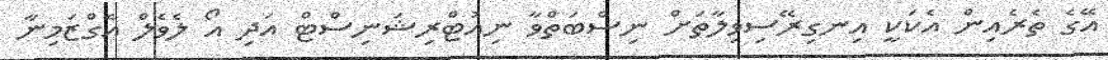
އޭގެ ތެރެއިން އެކަކީ އިނގިރޭސިވިލާތަށް ނިސްބަތްވާ ނިއުޓްރިޝަނިސްޓް އަދި އޯ ލެވެލް އެގްޒަމިނާ